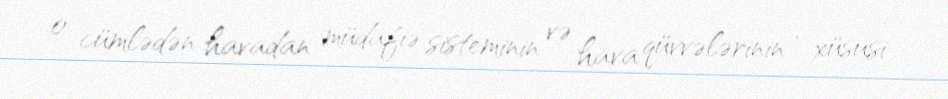
o cümlədən havadan müdafiə sisteminin və hava qüvvələrinin , xüsusi